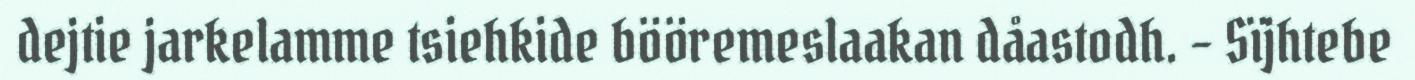
dejtie jarkelamme tsiehkide bööremeslaakan dåastodh. – Sïjhtebe